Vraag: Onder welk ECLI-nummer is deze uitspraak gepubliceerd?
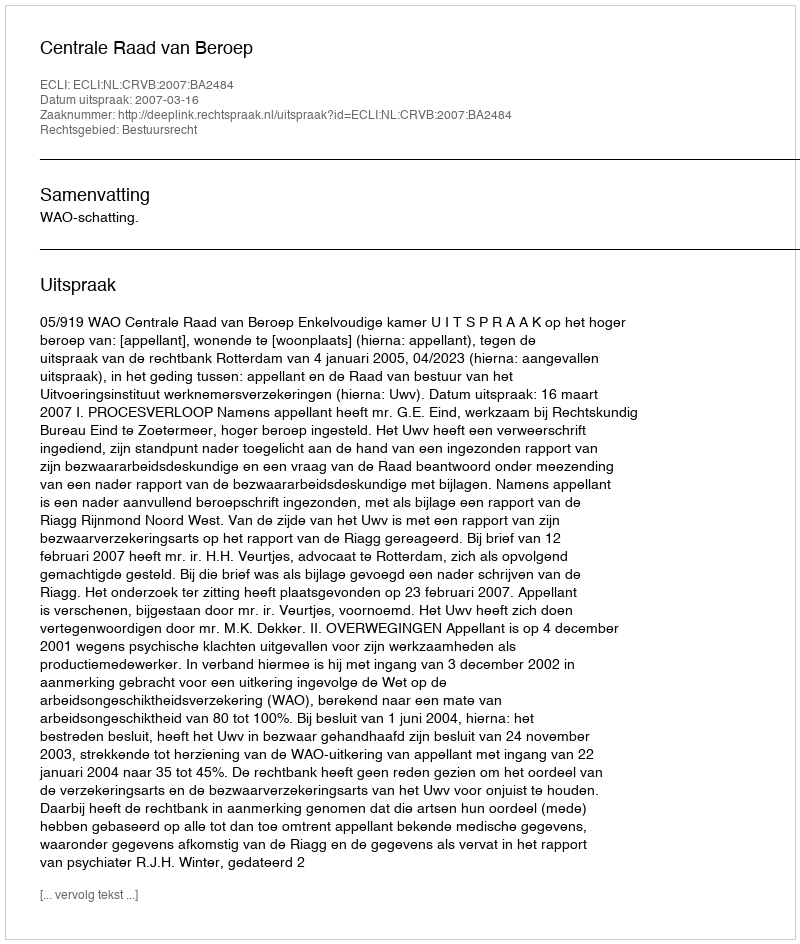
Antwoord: ECLI:NL:CRVB:2007:BA2484